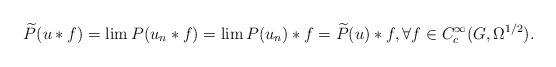
\begin{align*} \widetilde{P}(u*f)= \lim P(u_n*f) = \lim P(u_n)*f= \widetilde{P}(u)*f,\forall f\in C^\infty_c(G,\Omega^{1/2}).\end{align*}